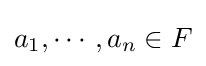
a_{1},\cdots ,a_{n}\in F